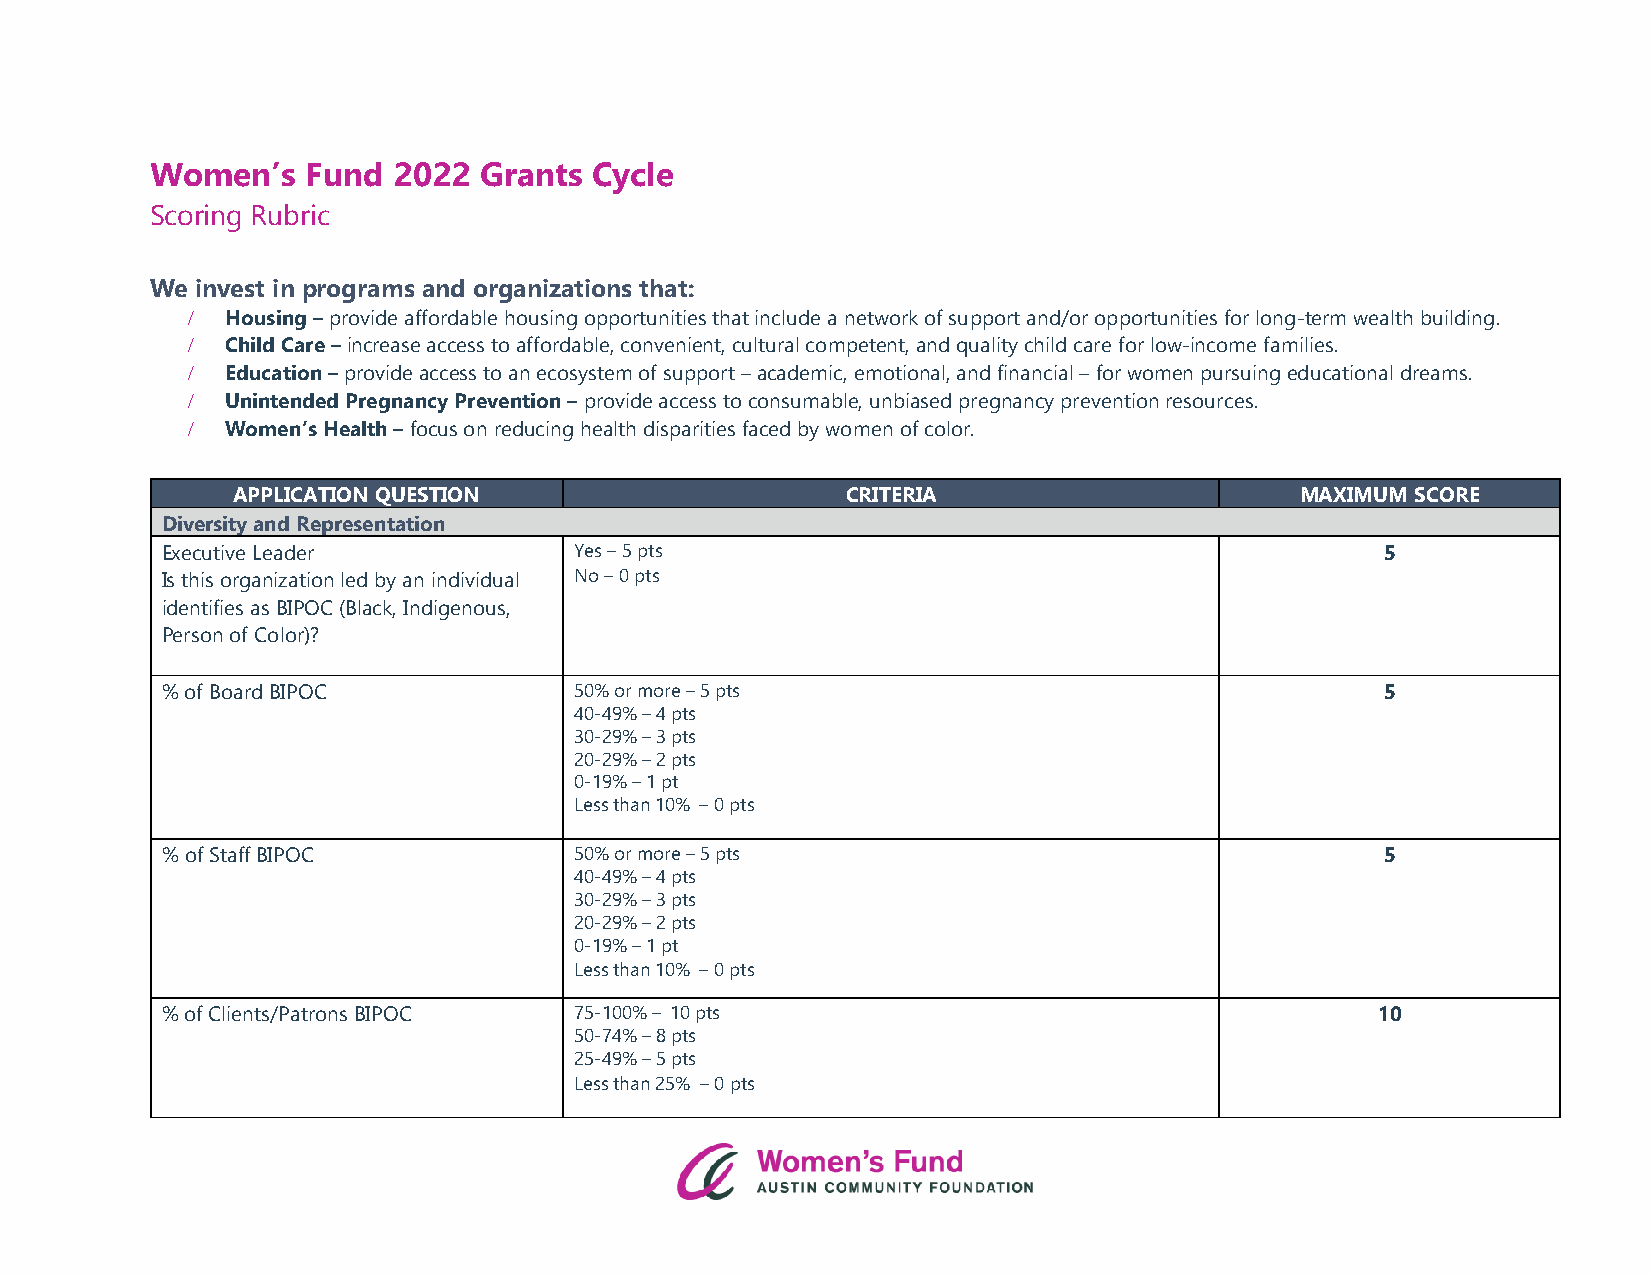
Women’s   Fund  2022  Grants Cycle
 Scoring Rubric
 We invest in programs and organizations that:
 /  Housing – provide affordable housing opportunities that include a network of support and/or opportunities for long-term wealth building.
 /  Child Care – increase access to affordable, convenient, cultural competent, and quality child care for low-income families.
 /  Education – provide access to an ecosystem of support – academic, emotional, and financial – for women pursuing educational dreams.
 /  Unintended Pregnancy Prevention – provide access to consumable, unbiased pregnancy prevention resources.
 /  Women’s Health – focus on reducing health disparities faced by women of color.
 APPLICATION QUESTION                     CRITERIA                      MAXIMUM SCORE
 Diversity and Representation
 Executive Leader           Yes – 5 pts                                           5
 Is this organization led by an individual No – 0 pts
 identifies as BIPOC (Black, Indigenous,
 Person of Color)?
 % of Board BIPOC           50% or more – 5 pts                                   5
 40-49% – 4 pts
 30-29% – 3 pts
 20-29% – 2 pts
 0-19% – 1 pt
 Less than 10% – 0 pts
 % of Staff BIPOC           50% or more – 5 pts                                   5
 40-49% – 4 pts
 30-29% – 3 pts
 20-29% – 2 pts
 0-19% – 1 pt
 Less than 10% – 0 pts
 % of Clients/Patrons BIPOC 75-100% – 10 pts                                     10
 50-74% – 8 pts
 25-49% – 5 pts
 Less than 25% – 0 pts